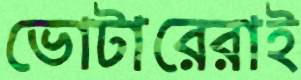
ভোটারেরাই